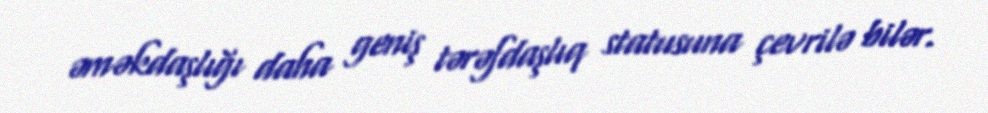
əməkdaşlığı daha geniş tərəfdaşlıq statusuna çevrilə bilər.